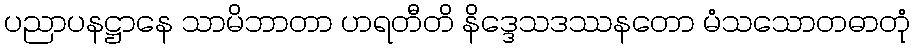
ပညာပနဋ္ဌာနေ သာမိဘာတာ ဟရတီတိ နိဒ္ဒေသဒဿနတော မံသသောတဓာတုံ